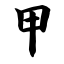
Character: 甲